Korporatsioon_Amicitia, lk 2
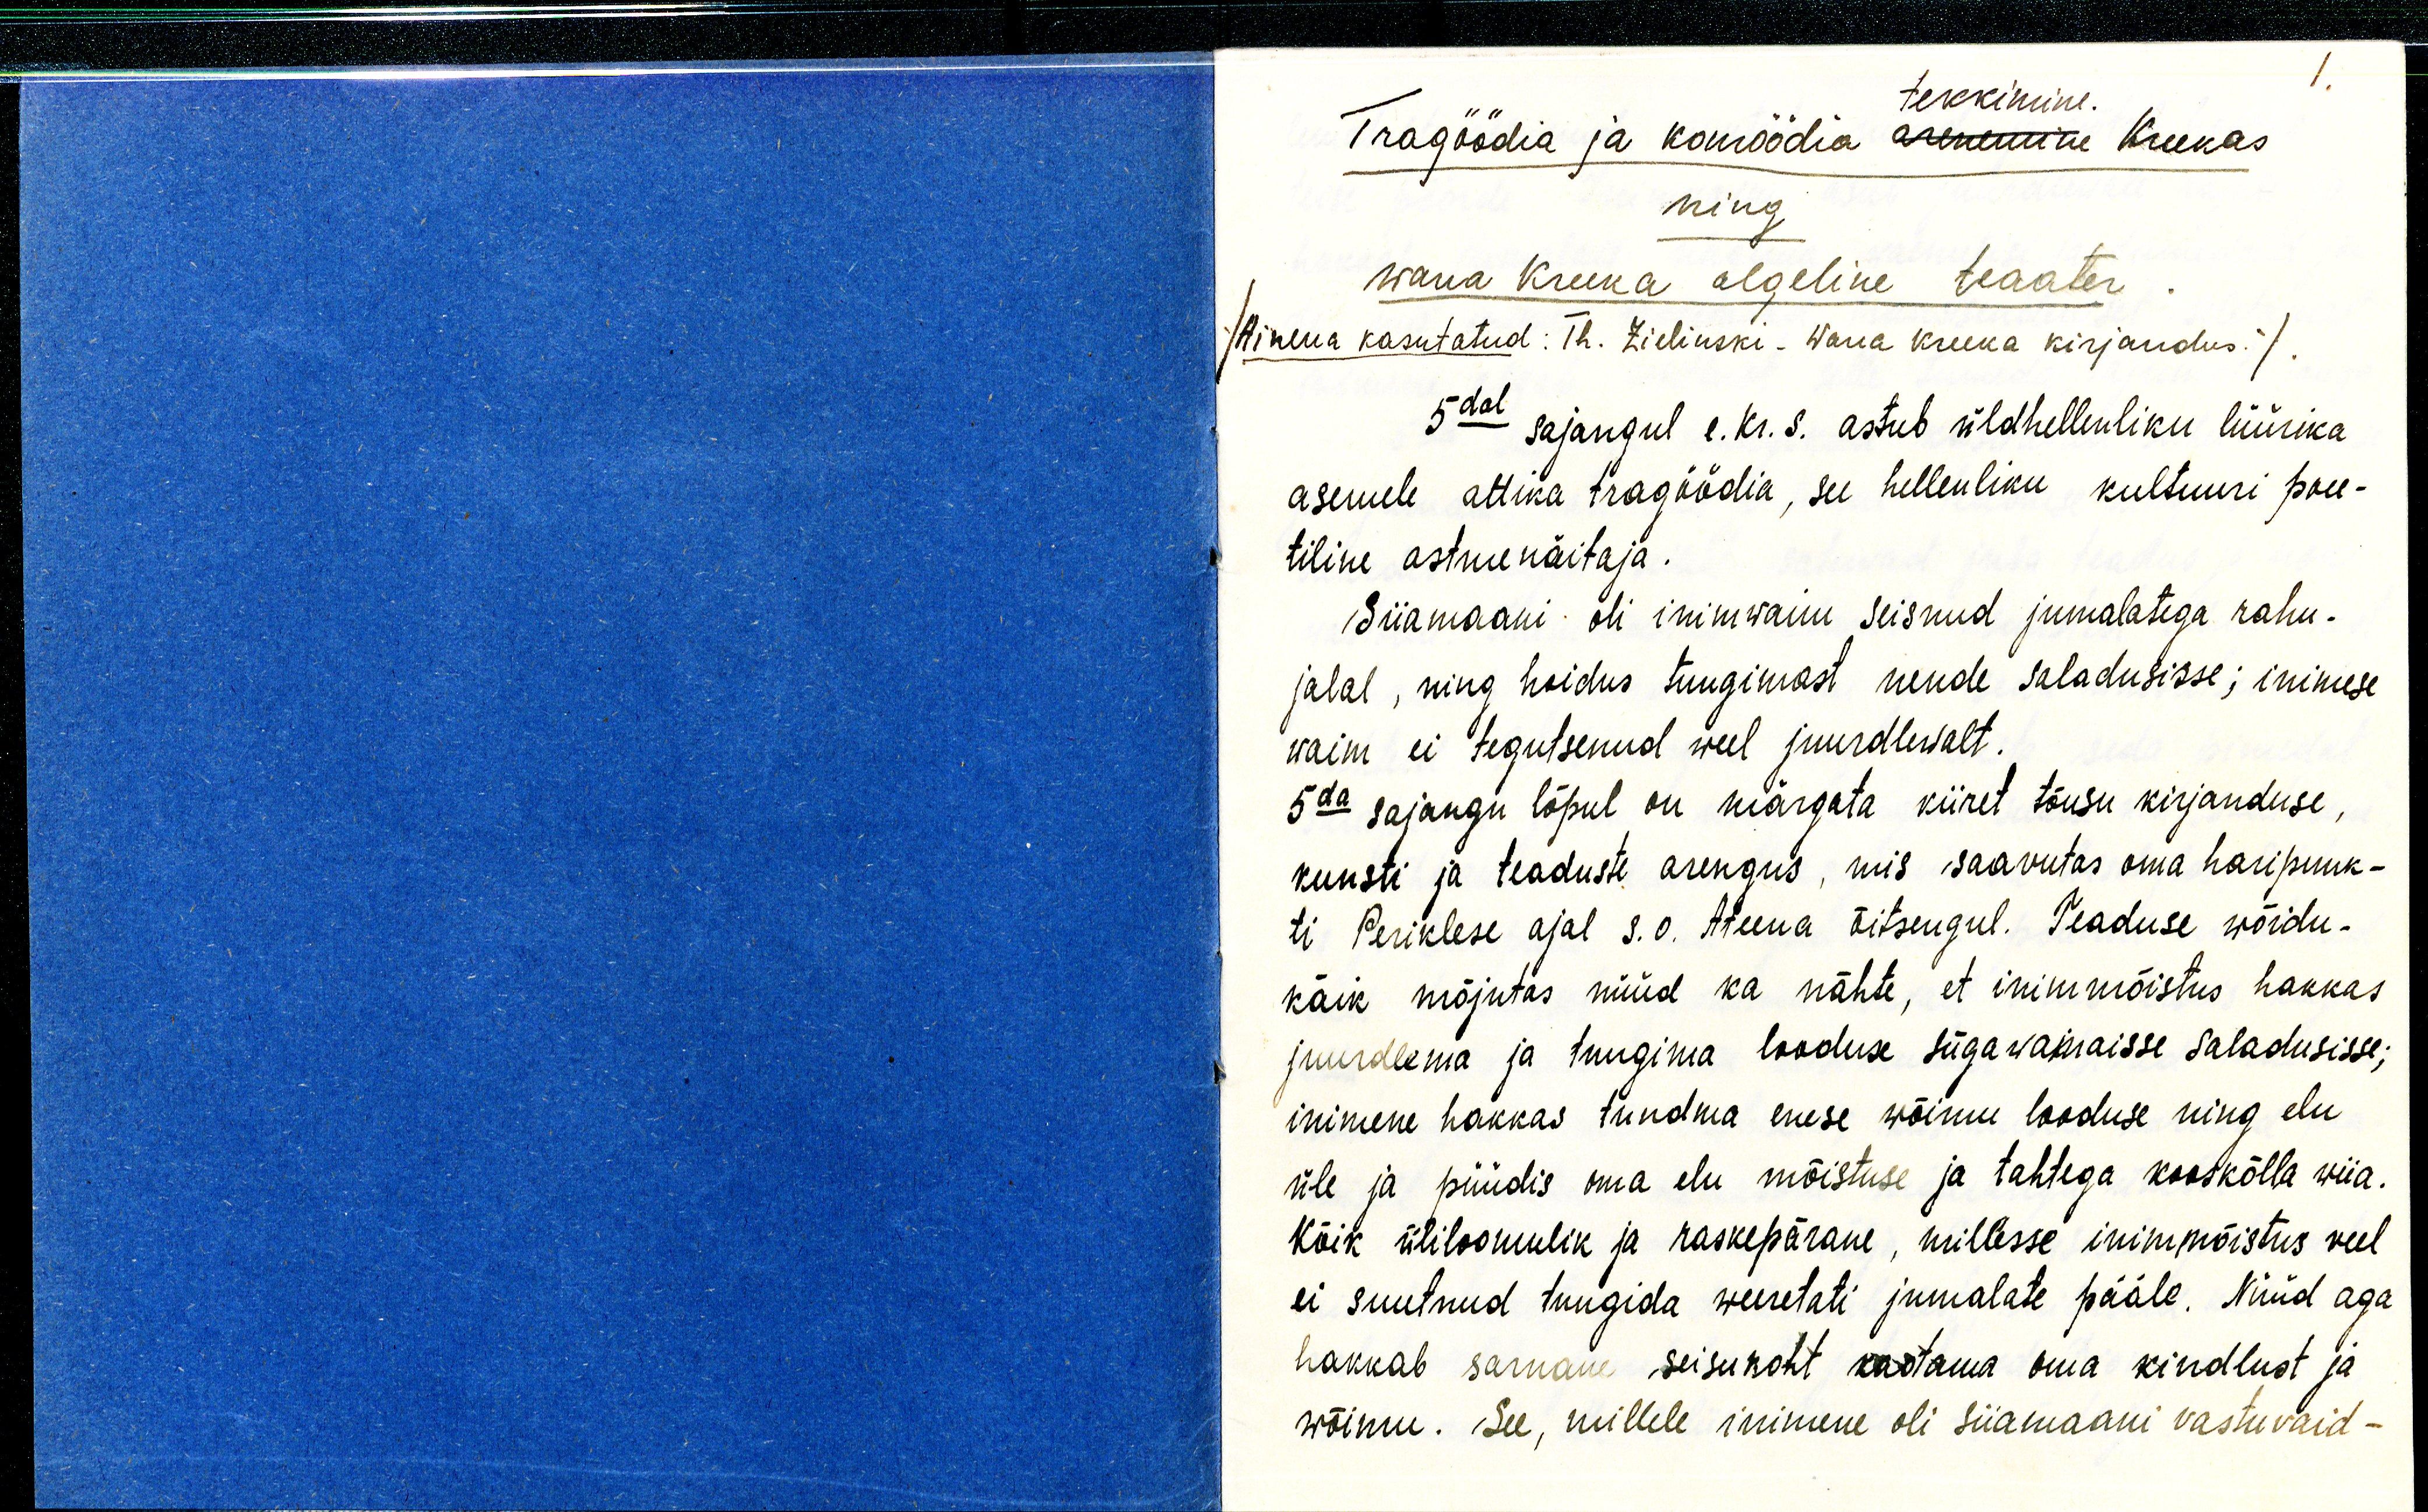
1.
tekkimine.
Tragöödia ja komöödia arenemine Kreekas
ning
Wana Kreeka algeline teaater
/Ainena kasutatud: Th. Zielinski - Wana Kreeka kirjandus./
5dal sajangul e. Kr. s. astub üldhellenliku lüürika
asemele attika tragöödia, see hellenliku kultuuri poee-
tiline astmenäitaja.
Siiamaani oli inimwaim seisnud jumalatega rahu-
jalal, ning hoidus tungimast nende saladusisse; inimese
waim ei tegutsenud weel juurdlewalt.
5da sajangu lõpul on märgata kiiret tõusu kirjanduse,
kunsti ja teaduste arengus, mis saavutas oma haripunk-
ti Periklese ajal s.o. Ateena õitsengul. Teaduse wõidu-
käik mõjutas nüüd ka nähte, et inimmõistus hakkas
juurdlema ja tungima looduse sügawaimaisse saladusisse;
inimene hakkas tundma enese wõimu looduse ning elu
üle ja püüdis oma elu mõistuse ja tahtega kooskõlla wiia.
Kõik üliloomulik ja raskepärane, millesse inimmõistus veel
ei suutnud tungida weeretati jumalate pääle. Nüüd aga
hakkab sarnane seisukoht kaotama oma kindlust ja
wõimu. See, millele inimene oli siiamaani vastu vaid -